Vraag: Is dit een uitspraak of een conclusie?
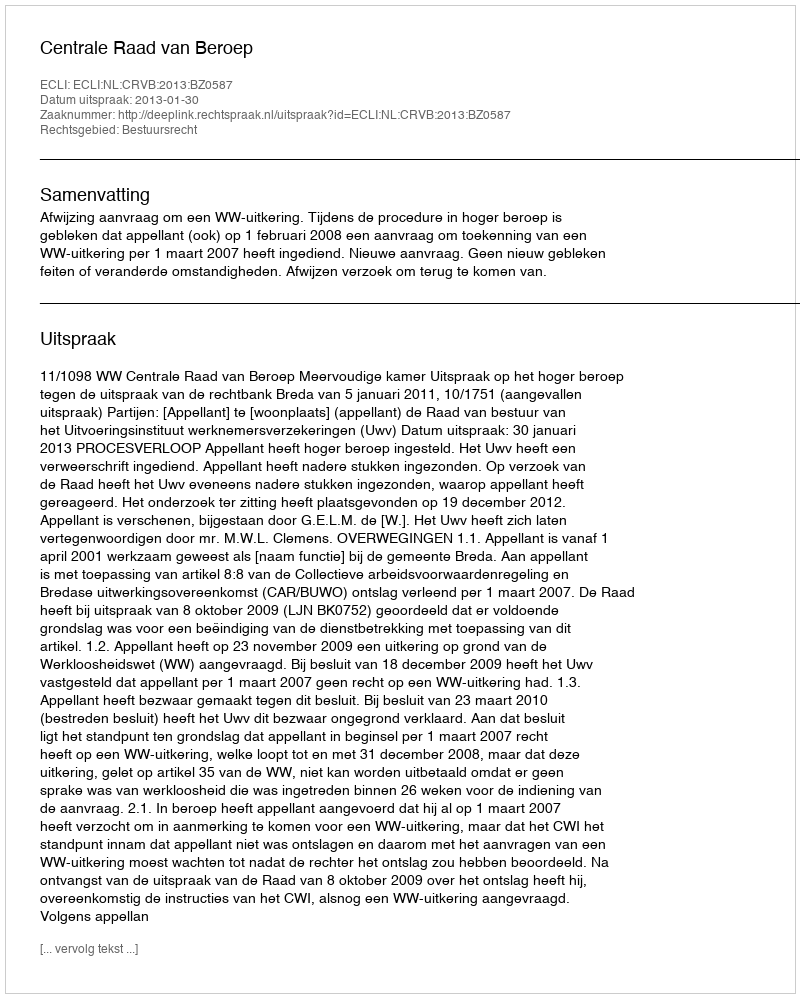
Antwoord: Uitspraak